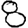
Digit: 8